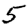
Digit: 5